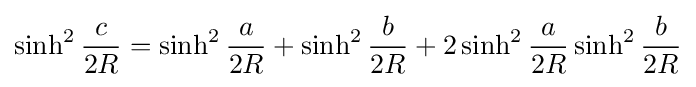
\sinh ^{2}{\frac {c}{2R}}=\sinh ^{2}{\frac {a}{2R}}+\sinh ^{2}{\frac {b}{2R}}+2\sinh ^{2}{\frac {a}{2R}}\sinh ^{2}{\frac {b}{2R}}